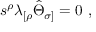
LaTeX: s ^ { \rho } \lambda _ { [ \rho } \hat { \Theta } _ { \sigma ] } = 0 \ ,